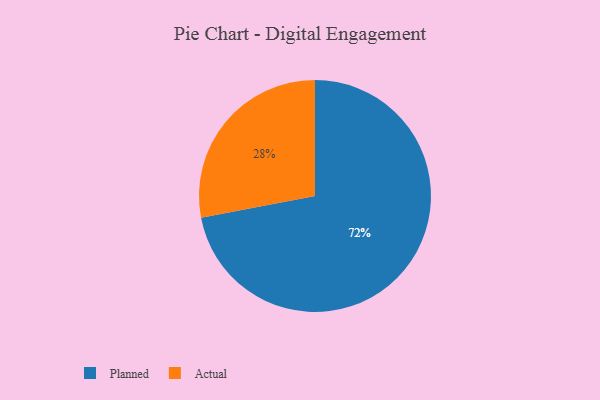
{"axis": {"x": "Category", "y": "Percentage"}, "legend": ["Actual", "Planned"], "data": [{"x": "Planned", "y": 72, "type": "Planned"}, {"x": "Actual", "y": 28, "type": "Actual"}]}